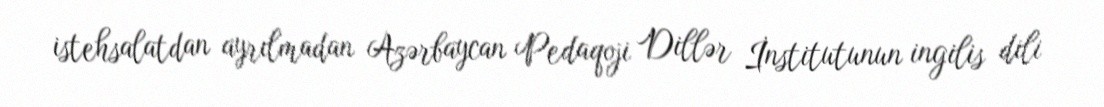
istehsalatdan ayrılmadan Azərbaycan Pedaqoji Dillər İnstitutunun ingilis dili